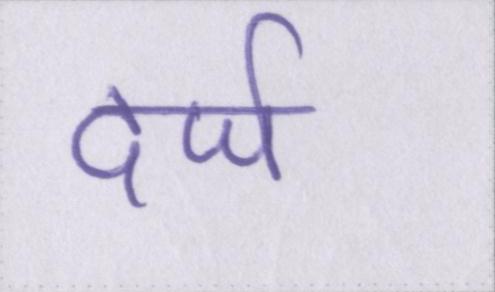
दर्ज